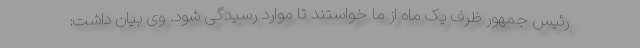
رئیس جمهور ظرف یک ماه از ما خواستند تا موارد رسیدگی شود. وی بیان داشت: